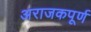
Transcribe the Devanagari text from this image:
अराजकपूर्ण